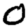
Digit: 0